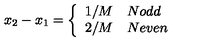
x _ { 2 } - x _ { 1 } = \left\{ \begin{array} { c l } { 1 / M } & { N o d d } \\ { 2 / M } & { N e v e n } \\ \end{array} \right.